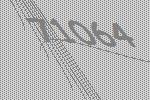
71064